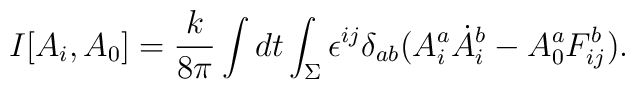
I[A_i,A_0] = \frac{k}{8\pi} \int dt \int_\Sigma  \epsilon^{ij}\delta_{ab} (A^a_i \dot A_i^b - A^a_0 F^b_{ij} ).